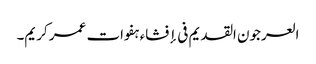
العرجون القدیم فی إفشاء ہفوات عمر کریم۔